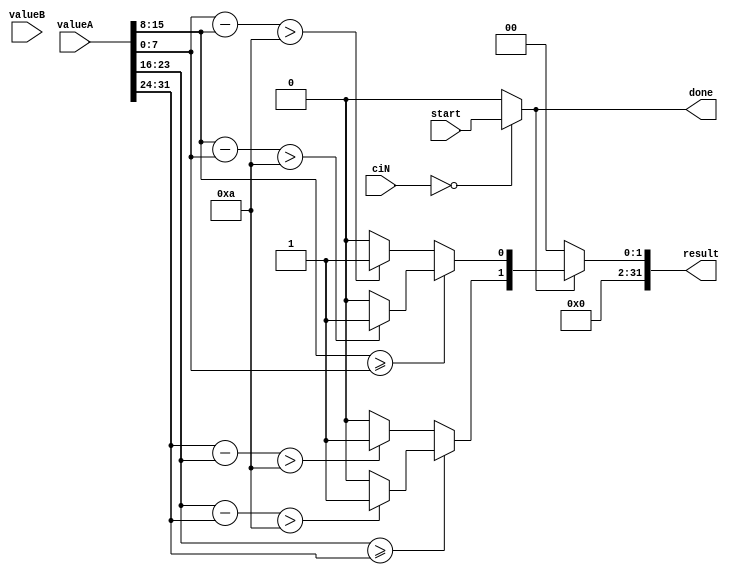
module absDiffCI #(
    parameter [7:0] customInstructionId = 8'd0
) (
    input  wire        start,
    input  wire [31:0] valueA,
    valueB,
    input  wire [ 7:0] ciN,
    output wire        done,
    output wire [31:0] result
);
    /*
    ValueA contains 4 8-bit grayscale values.
    Result will contain in its 2 lowest bits the binarized dx and dy gradients
    (These will be 1 if the gradient is higher than the threshold 8'd10 in absolute value).
    */

    wire is_active = (ciN == customInstructionId) ? start : 1'b0;

    wire[31:0] abs_diff;

    assign done   = is_active;
    assign result = is_active ? abs_diff : 32'd0;

    wire [7:0] gray_left = valueA[7:0];
    wire [7:0] gray_right = valueA[15:8];
    wire [7:0] gray_up = valueA[23:16];
    wire [7:0] gray_down = valueA[31:24];

    parameter threshold = 8'd10;

    wire dx = (gray_right >= gray_left)
        ? (gray_right - gray_left > threshold ? 1'b1 : 1'b0)
        : (gray_left - gray_right > threshold ? 1'b1 : 1'b0);
    wire dy = (gray_up >= gray_down)
        ? (gray_up - gray_down > threshold ? 1'b1 : 1'b0)
        : (gray_down - gray_up > threshold ? 1'b1 : 1'b0);
    assign abs_diff = {30'd0, dy, dx};

endmodule